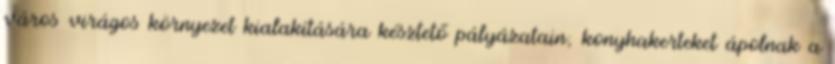
város virágos környezet kialakítására késztető pályázatain; konyhakerteket ápolnak a